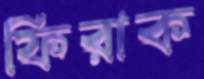
ফিরাক